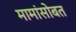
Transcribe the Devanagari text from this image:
मामांसोबत